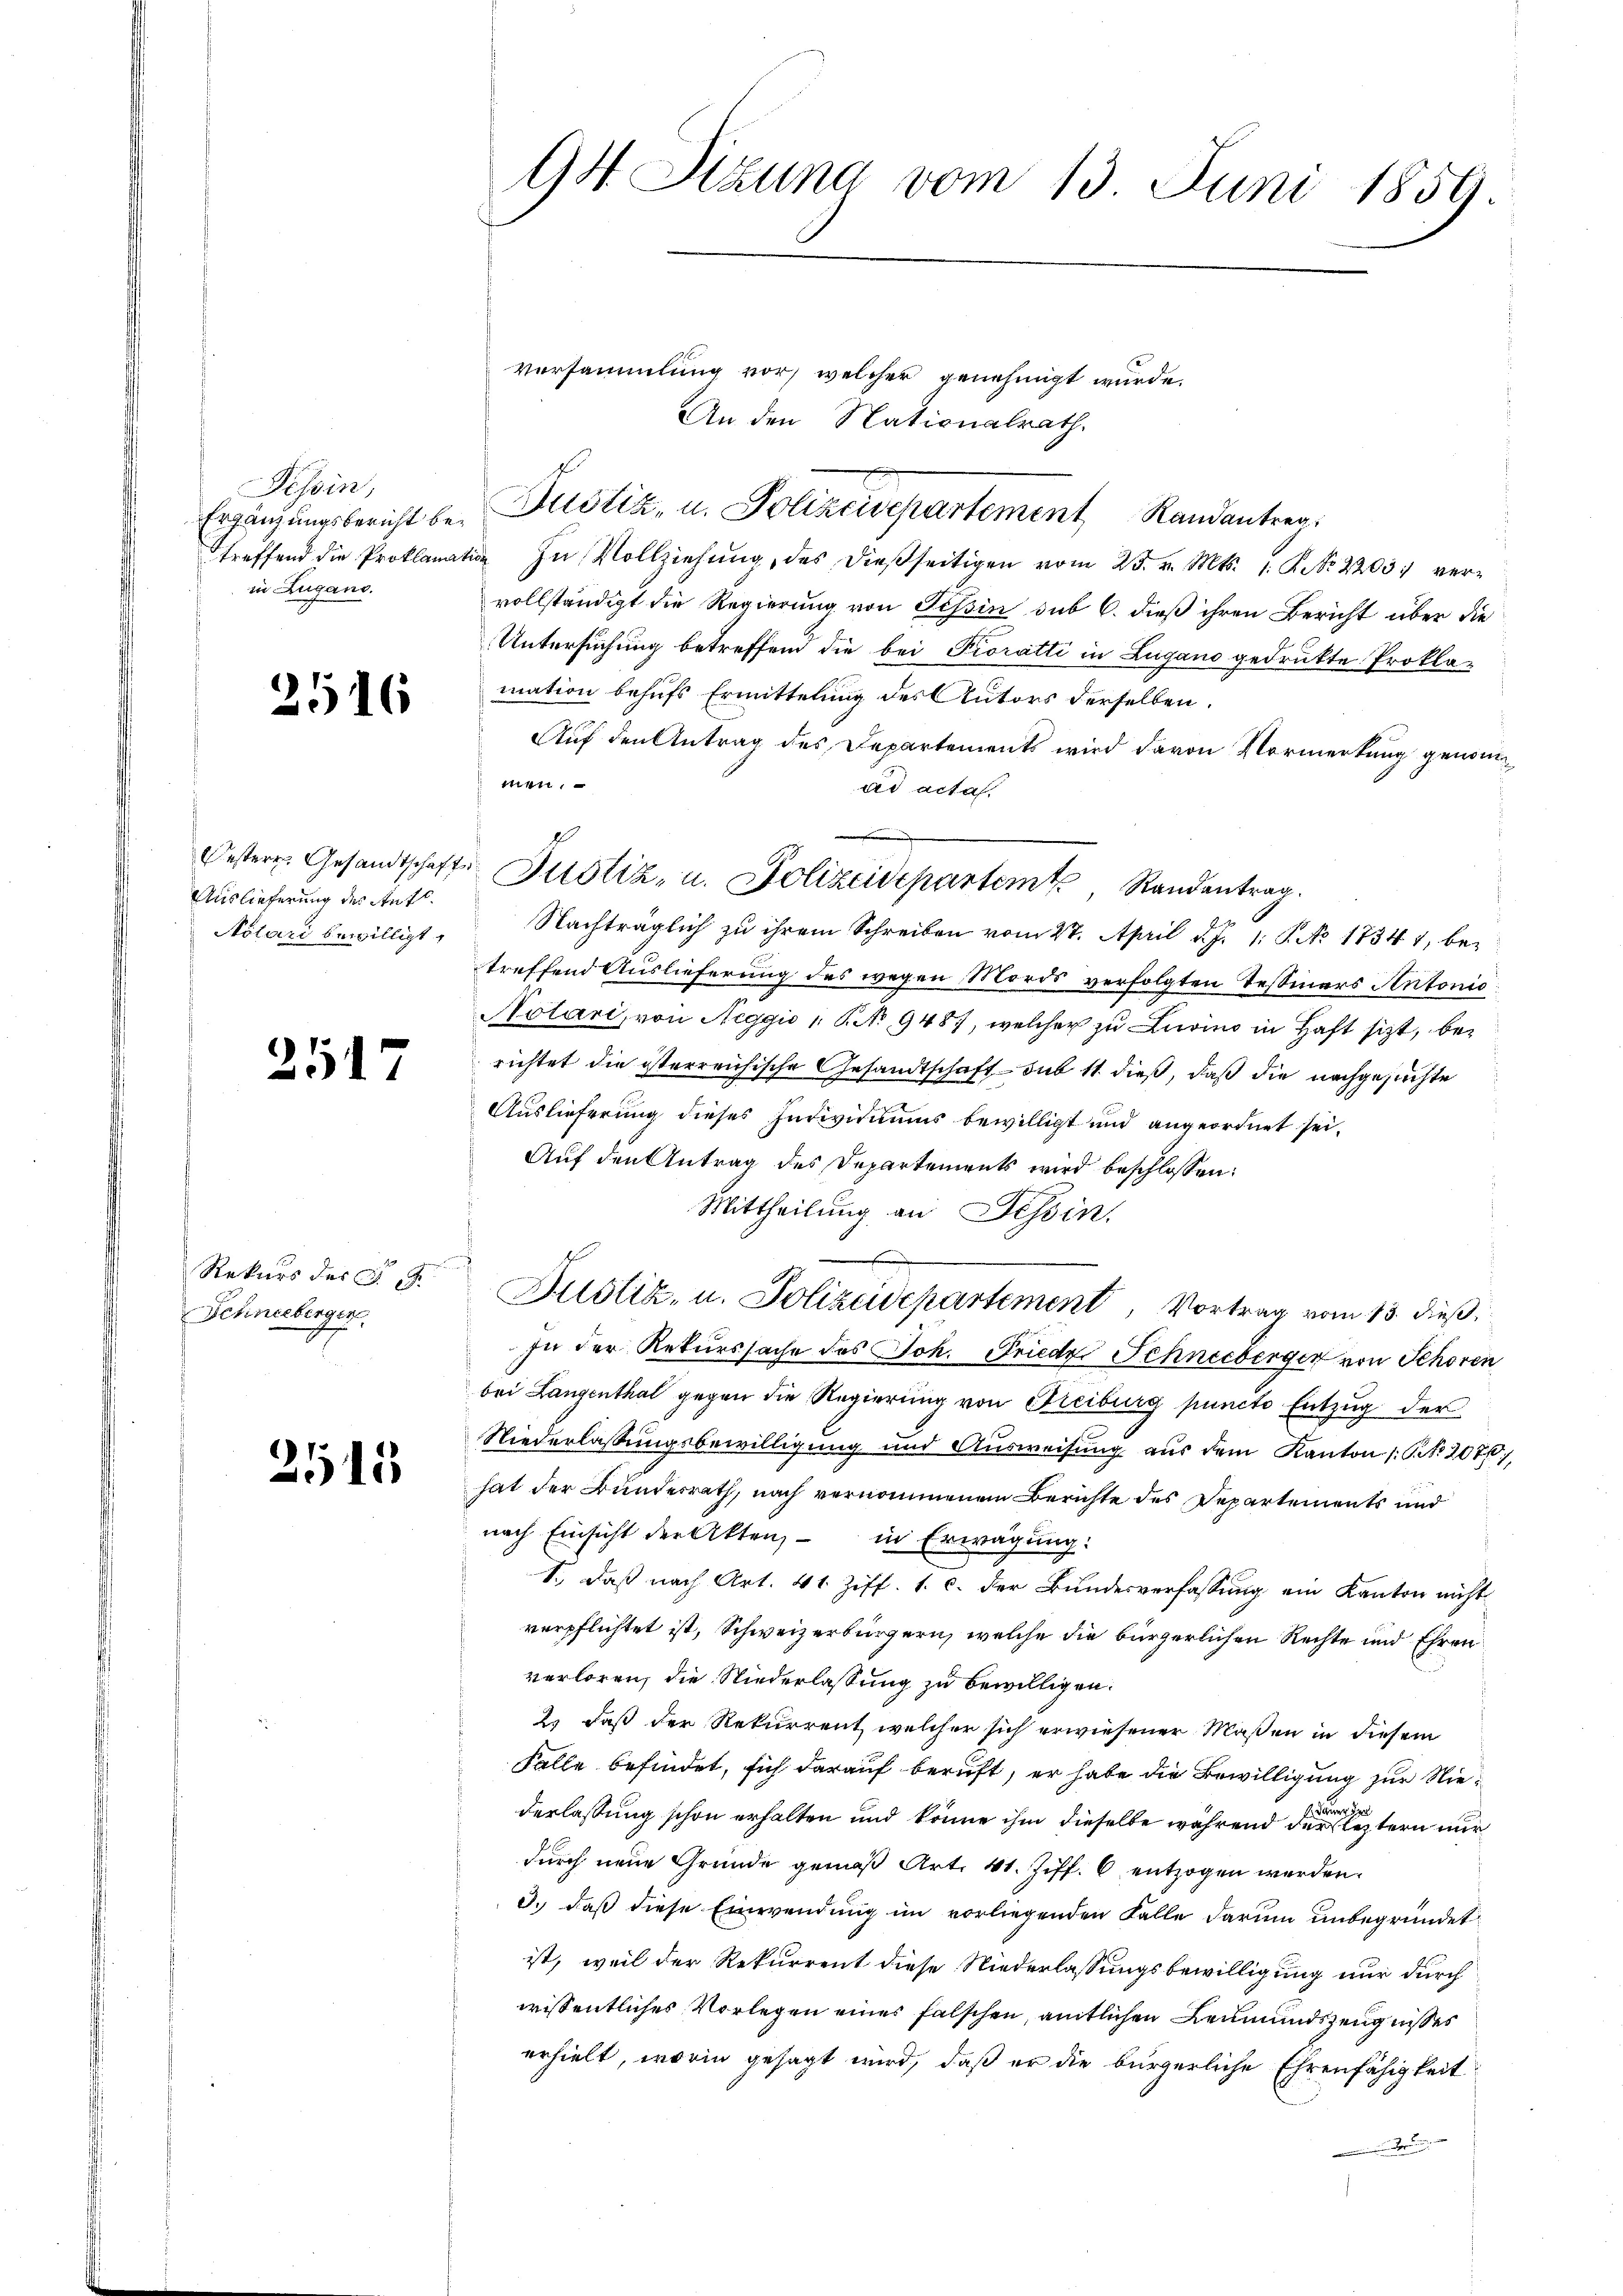
Tessin,
Ergänzungsbericht betreffend die Proklam
in Zugano.

2516

Westeres Gesandtschaft
Auslieferung des Aufl
Notari bewilligt.

2517

Rekurs der G
Schneeberger

2515

94. Sitzung vom 13. Juni 1859.

versammlung vor, welcher genehmigt wurde.
An den Nationalrath.
 In Vollziehung, das dießseitigen vom 25. v. Mts. 1. P. Nr. 22031 vervollständigt die Regierung von Tessin sub 6. dieß ihren Bericht über die
Untersuchung betreffend die bei Pioratti in Zugano gedrukte Prokla-
mation behufs Ermittelung des Autors derselben
Auf den Antrag des Departements wird davon Vormerkung genommen.
ad acta.
Nachträglich zu ihrem Schreiben vom 27. April d. J. 1. S. No 17341, betreffend Auslieferung des wegen Mords verfolgten Teßiners Antonio
Notari, von Neggio No 9487, welcher zu Livino in Haft sitzt, berichtet die isterreichische Gesandtschaft – sub 11 dieß, daß die nachgesuchte
Auslieferung dieses Individuums bewilligt und angeordnet sei,
Auf den Antrag des Departements wird beschlossen:
Mittheilung an Tessin.
s
Justiz- u. Polizeidepartement, Vortrag vom 13. dieß,
zu der Rekurssache des Joh. Friede Schneeberger von Schoren
bei Langenthal gegen die Regierung von Freiburg puncto Entzug der
Niederlassungsbewilligung und Ausweisung aus dem Kanton /: No 207,
hat der Bundesrath, nach vernommenem Berichte des Departements und
nach Einsicht der Akten, in Erwägung:
1., daß nach Art. 41 Ziff. 1. c. der Bundesverfassung ein Kanton nicht
verpflichtet ist, Schweizerbürgern, welche die bürgerlichen Rechte und Ehren
verloren, die Niederlassung zu bewilligen.
2) daß der Rekurrent welcher sich erwiesener Maßen in diesem
Falle befindet, sich darauf beruft, er habe die Bewilligung zur Niederlassung schon erhalten und könne ihm dieselbe während der leztern nur
durch neue Gründe gemäß Art. 41. Ziff. 6 entzogen werden.
3.) daß diese Einwendung im vorliegenden Falle darum unbegründet
ist, weil der Rekurrent diese Niederlassungsbewilligung nur durch
wissentliches Vorlegen eines falschen, amtlichen Leumundszeugnisses
erhielt, worin gesagt wird, daß er die bürgerliche Ehrenfähigkeit
r

Justiz, u. Polizeisepartement Randantrag

Justiz- u. Polizeidepartem Standentrag.